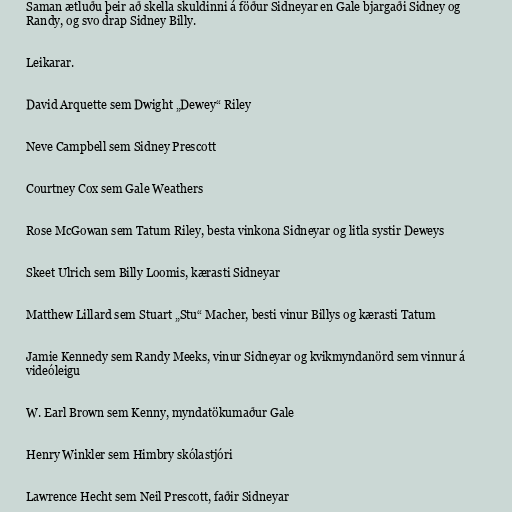
Saman ætluðu þeir að skella skuldinni á föður Sidneyar en Gale bjargaði Sidney og
Randy, og svo drap Sidney Billy.

Leikarar.

David Arquette sem Dwight „Dewey“ Riley

Neve Campbell sem Sidney Prescott

Courtney Cox sem Gale Weathers

Rose McGowan sem Tatum Riley, besta vinkona Sidneyar og litla systir Deweys

Skeet Ulrich sem Billy Loomis, kærasti Sidneyar

Matthew Lillard sem Stuart „Stu“ Macher, besti vinur Billys og kærasti Tatum

Jamie Kennedy sem Randy Meeks, vinur Sidneyar og kvikmyndanörd sem vinnur á
videóleigu

W. Earl Brown sem Kenny, myndatökumaður Gale

Henry Winkler sem Himbry skólastjóri

Lawrence Hecht sem Neil Prescott, faðir Sidneyar